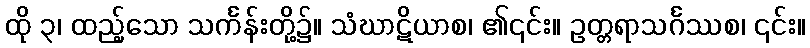
ထို ၃၊ ထည့်သော သင်္ကန်းတို့၌။ သံဃာဋိယာစ၊ ၏၎င်း။ ဥတ္တရာသင်္ဂဿစ၊ ၎င်း။